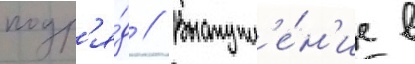
подр'я́д // Выступл'е́н'ие в